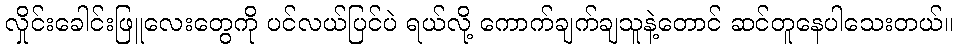
လှိုင်းခေါင်းဖြူလေးတွေကို ပင်လယ်ပြင်ပဲ ရယ်လို့ ကောက်ချက်ချသူနဲ့တောင် ဆင်တူနေပါသေးတယ်။